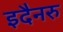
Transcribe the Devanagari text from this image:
इदैनरु